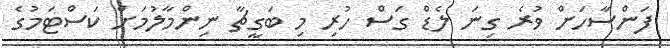
ފަންސާހަށް ވުރެ ގިނަ ލެޑް ގަސް ހުރި މި ބަގީޗާ ނިންމާލުމަށް ކަސްޓަމުގެ